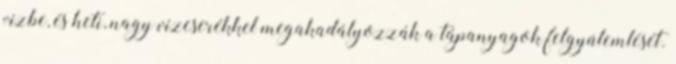
vízbe, és heti, nagy vízcserékkel megakadályozzák a tápanyagok felgyülemlését.